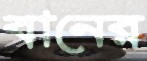
বানের